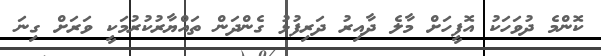
ކޮންމެ ދުވަހަކު އޮފީހަށް މާލެ ދާއިރު ދަރިފުޅު ގެންދަން ތައްޔާރުކުރުމަކީ ވަރަށް ގިނަ